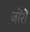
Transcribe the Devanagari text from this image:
जोंरों